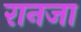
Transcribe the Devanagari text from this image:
रानजा